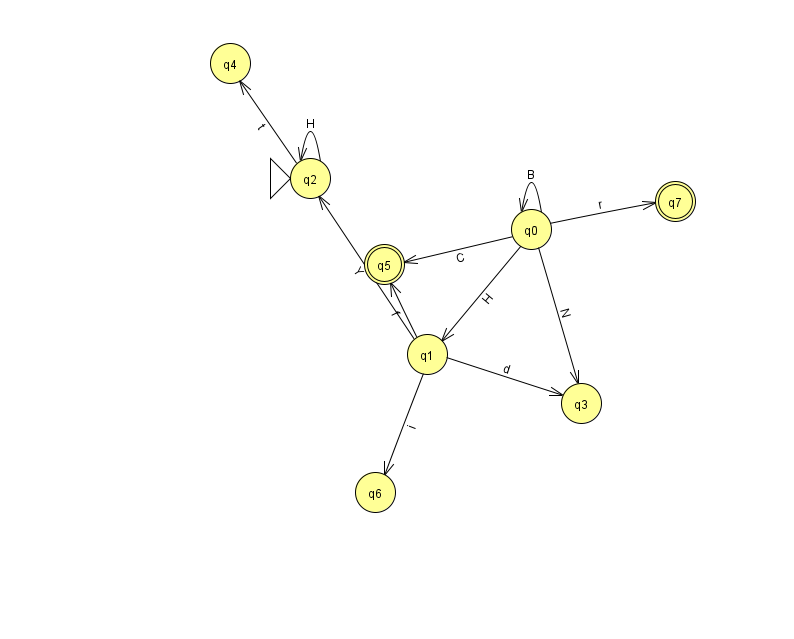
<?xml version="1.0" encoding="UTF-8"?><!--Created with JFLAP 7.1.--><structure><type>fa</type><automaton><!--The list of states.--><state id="0" name="q0"><x>531.0</x><y>216.0</y></state><state id="1" name="q1"><x>427.0</x><y>341.0</y></state><state id="2" name="q2"><x>310.0</x><y>165.0</y><initial/></state><state id="3" name="q3"><x>581.0</x><y>390.0</y></state><state id="4" name="q4"><x>230.0</x><y>50.0</y></state><state id="5" name="q5"><x>384.0</x><y>251.0</y><final/></state><state id="6" name="q6"><x>375.0</x><y>479.0</y></state><state id="7" name="q7"><x>675.0</x><y>188.0</y><final/></state><!--The list of transitions.--><transition><from>0</from><to>0</to><read>B</read></transition><transition><from>1</from><to>2</to><read>Y</read></transition><transition><from>0</from><to>3</to><read>N</read></transition><transition><from>0</from><to>7</to><read>r</read></transition><transition><from>2</from><to>2</to><read>H</read></transition><transition><from>1</from><to>3</to><read>d</read></transition><transition><from>0</from><to>1</to><read>H</read></transition><transition><from>2</from><to>4</to><read>t</read></transition><transition><from>0</from><to>5</to><read>C</read></transition><transition><from>1</from><to>6</to><read>i</read></transition><transition><from>1</from><to>5</to><read>f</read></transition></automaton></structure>